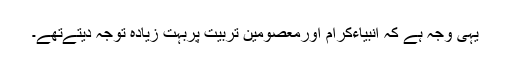
یہی وجہ ہے کہ انبیاءکرام اورمعصومین تربیّت پربہت زیادہ توجہ دیتےتھے۔